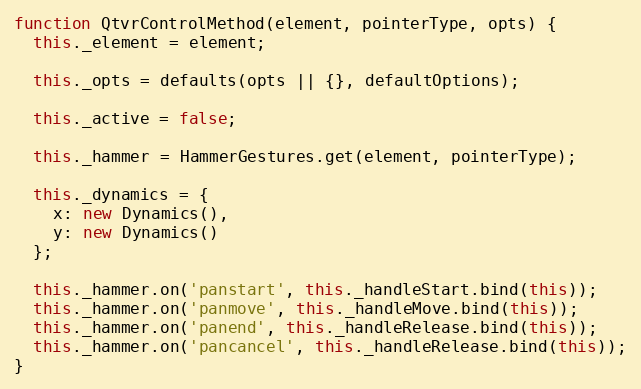
Language: JavaScript
function QtvrControlMethod(element, pointerType, opts) {
  this._element = element;

  this._opts = defaults(opts || {}, defaultOptions);

  this._active = false;

  this._hammer = HammerGestures.get(element, pointerType);

  this._dynamics = {
    x: new Dynamics(),
    y: new Dynamics()
  };

  this._hammer.on('panstart', this._handleStart.bind(this));
  this._hammer.on('panmove', this._handleMove.bind(this));
  this._hammer.on('panend', this._handleRelease.bind(this));
  this._hammer.on('pancancel', this._handleRelease.bind(this));
}